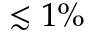
\lesssim 1 \%